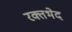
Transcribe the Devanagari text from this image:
रक्तभेद